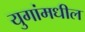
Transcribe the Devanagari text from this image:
युगांमधील